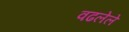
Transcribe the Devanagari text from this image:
वढलेले